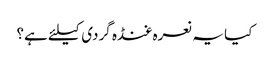
کیا یہ نعرہ غنڈہ گردی کیلئے ہے؟